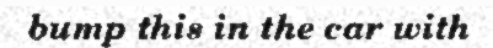
bump this in the car with